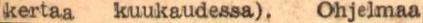
kertaa kuukaudessa). Ohjelmaa